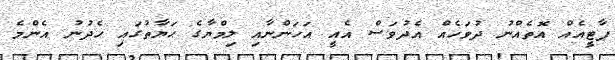
ޕާޓީއެއް އޮތެއްނު ދުވަހެއް އެދުވަސް އެއީ އަހަންނާއި ލިމްޔާގެ ޙަޔާތުގައި ހެދުނު އެންމެ